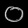
Digit: ၀